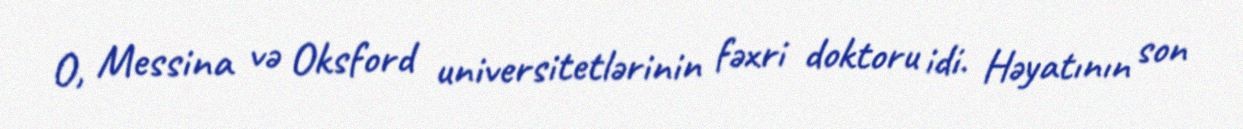
O, Messina və Oksford universitetlərinin fəxri doktoru idi. Həyatının son